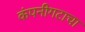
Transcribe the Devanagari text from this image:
कंपनीगटाचा